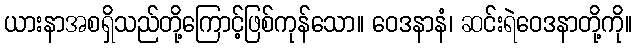
ယားနာအစရှိသည်တို့ကြောင့်ဖြစ်ကုန်သော။ ဝေဒနာနံ၊ ဆင်းရဲဝေဒနာတို့ကို။